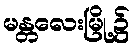
မန္တလေးမြို့၌